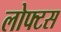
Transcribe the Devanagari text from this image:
लोफ्टस